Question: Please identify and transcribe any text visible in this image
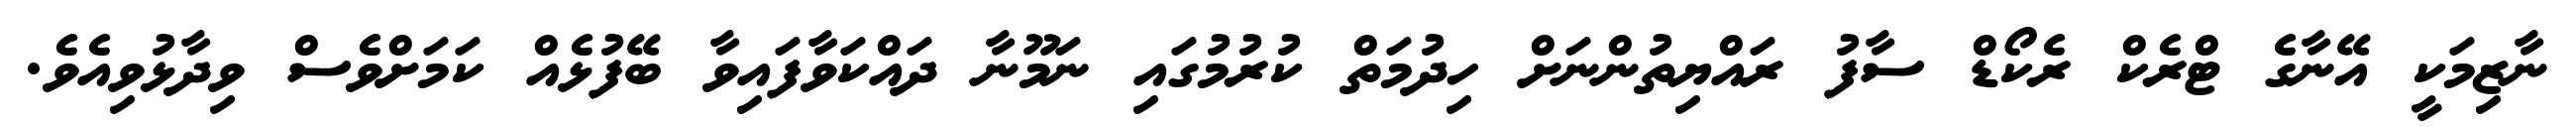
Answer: ނާޒިމަކީ އޭނާގެ ޓްރެކް ރެކޯޑް ސާފު ރައްޔިތުންނަށް ހިދުމަތް ކުރުމުގައި ނަމޫނާ ދައްކަވާފައިވާ ބޭފުޅެއް ކަމަށްވެސް ވިދާޅުވިއެވެ.